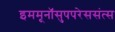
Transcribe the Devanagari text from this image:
इममूनॉसुपपरेससंत्स